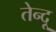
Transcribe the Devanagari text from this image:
तेन्दू